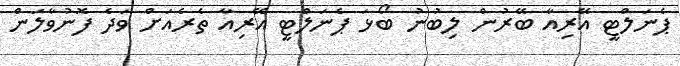
ޕެނަލްޓީ އޭރިއާ ބޭރުން ލިބުނު ބޯޅަ ޕެނަލްޓީ އޭރިއާ ތެރެއަށް ވަދެ ފޮނުވާލަން